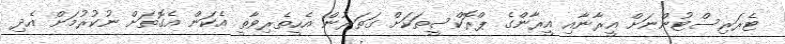
ޓެރަރިސްޓުންނަށް އީރާނާއި އީރާންގެ ޕްރޮކްސީތަކަށް ގަތަރުން އެހީތެރިވާތީ އެކަން އެގޮތަށް ނުކުރުމަށް އެދި